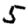
Digit: 5